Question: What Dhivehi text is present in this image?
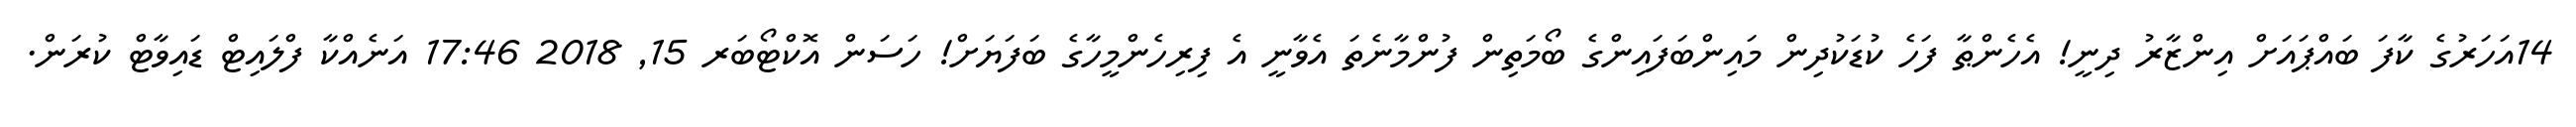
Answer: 14އަހަރުގެ ކާފަ ބައްޕައަށް އިންޒާރު ދިނީ! އެހެންޠާ ފަހެ ކުޑަކުދިން މައިންބަފައިންގެ ބޯމަތިން ފުންމާނެތަ އެވާނީ އެ ފިރިހެންމީހާގެ ބަފަޔަށް! ހަސަން އޮކްޓޯބަރ 15, 2018 17:46 އަނެއްކާ ފްލައިޓް ޑައިވާޓް ކުރަން.